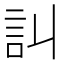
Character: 訆